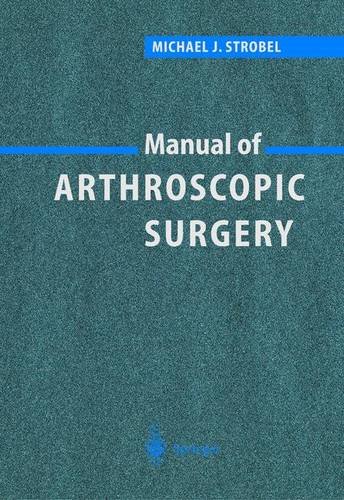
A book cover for Manual of Arthroscopic Surgery; Michael J. Strobel; Health, Fitness & Dieting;